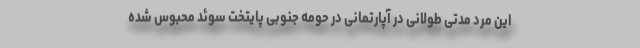
این مرد مدتی طولانی در آپارتمانی در حومه جنوبی پایتخت سوئد محبوس شده